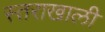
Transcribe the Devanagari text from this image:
स्तराखाली